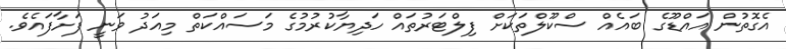
އެގޮތުން އައްޑޫގެ ބައެއް ސްކޫލްތަކަަށް ފިލްޓަރުތައް ހަދިޔާކުރުމުގެ މަސައްކަތް މިއަދު ވަނީ ފަށާފައެވެ.